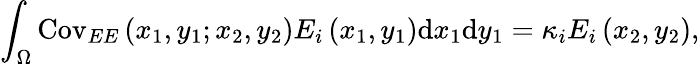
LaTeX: \int_{\Omega}\mathrm{Cov}_{EE}\left(x_{1},y_{1};x_{2},y_{2}\right)E_{i}\left(x_{1},y_{1}\right)\mathrm{d}x_{1}\mathrm{d}y_{1}=\kappa_{i}E_{i}\left(x_{2},y_{2}\right),